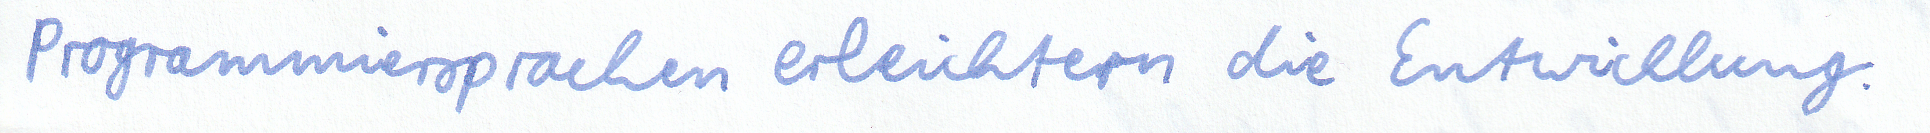
Programmiersprachen erleichtern die Entwicklung.